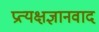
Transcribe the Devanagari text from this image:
प्रत्यक्षज्ञानवाद